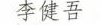
李健吾